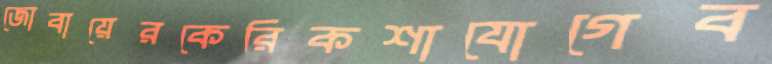
জোবায়েরকেরিকশাযোগেব